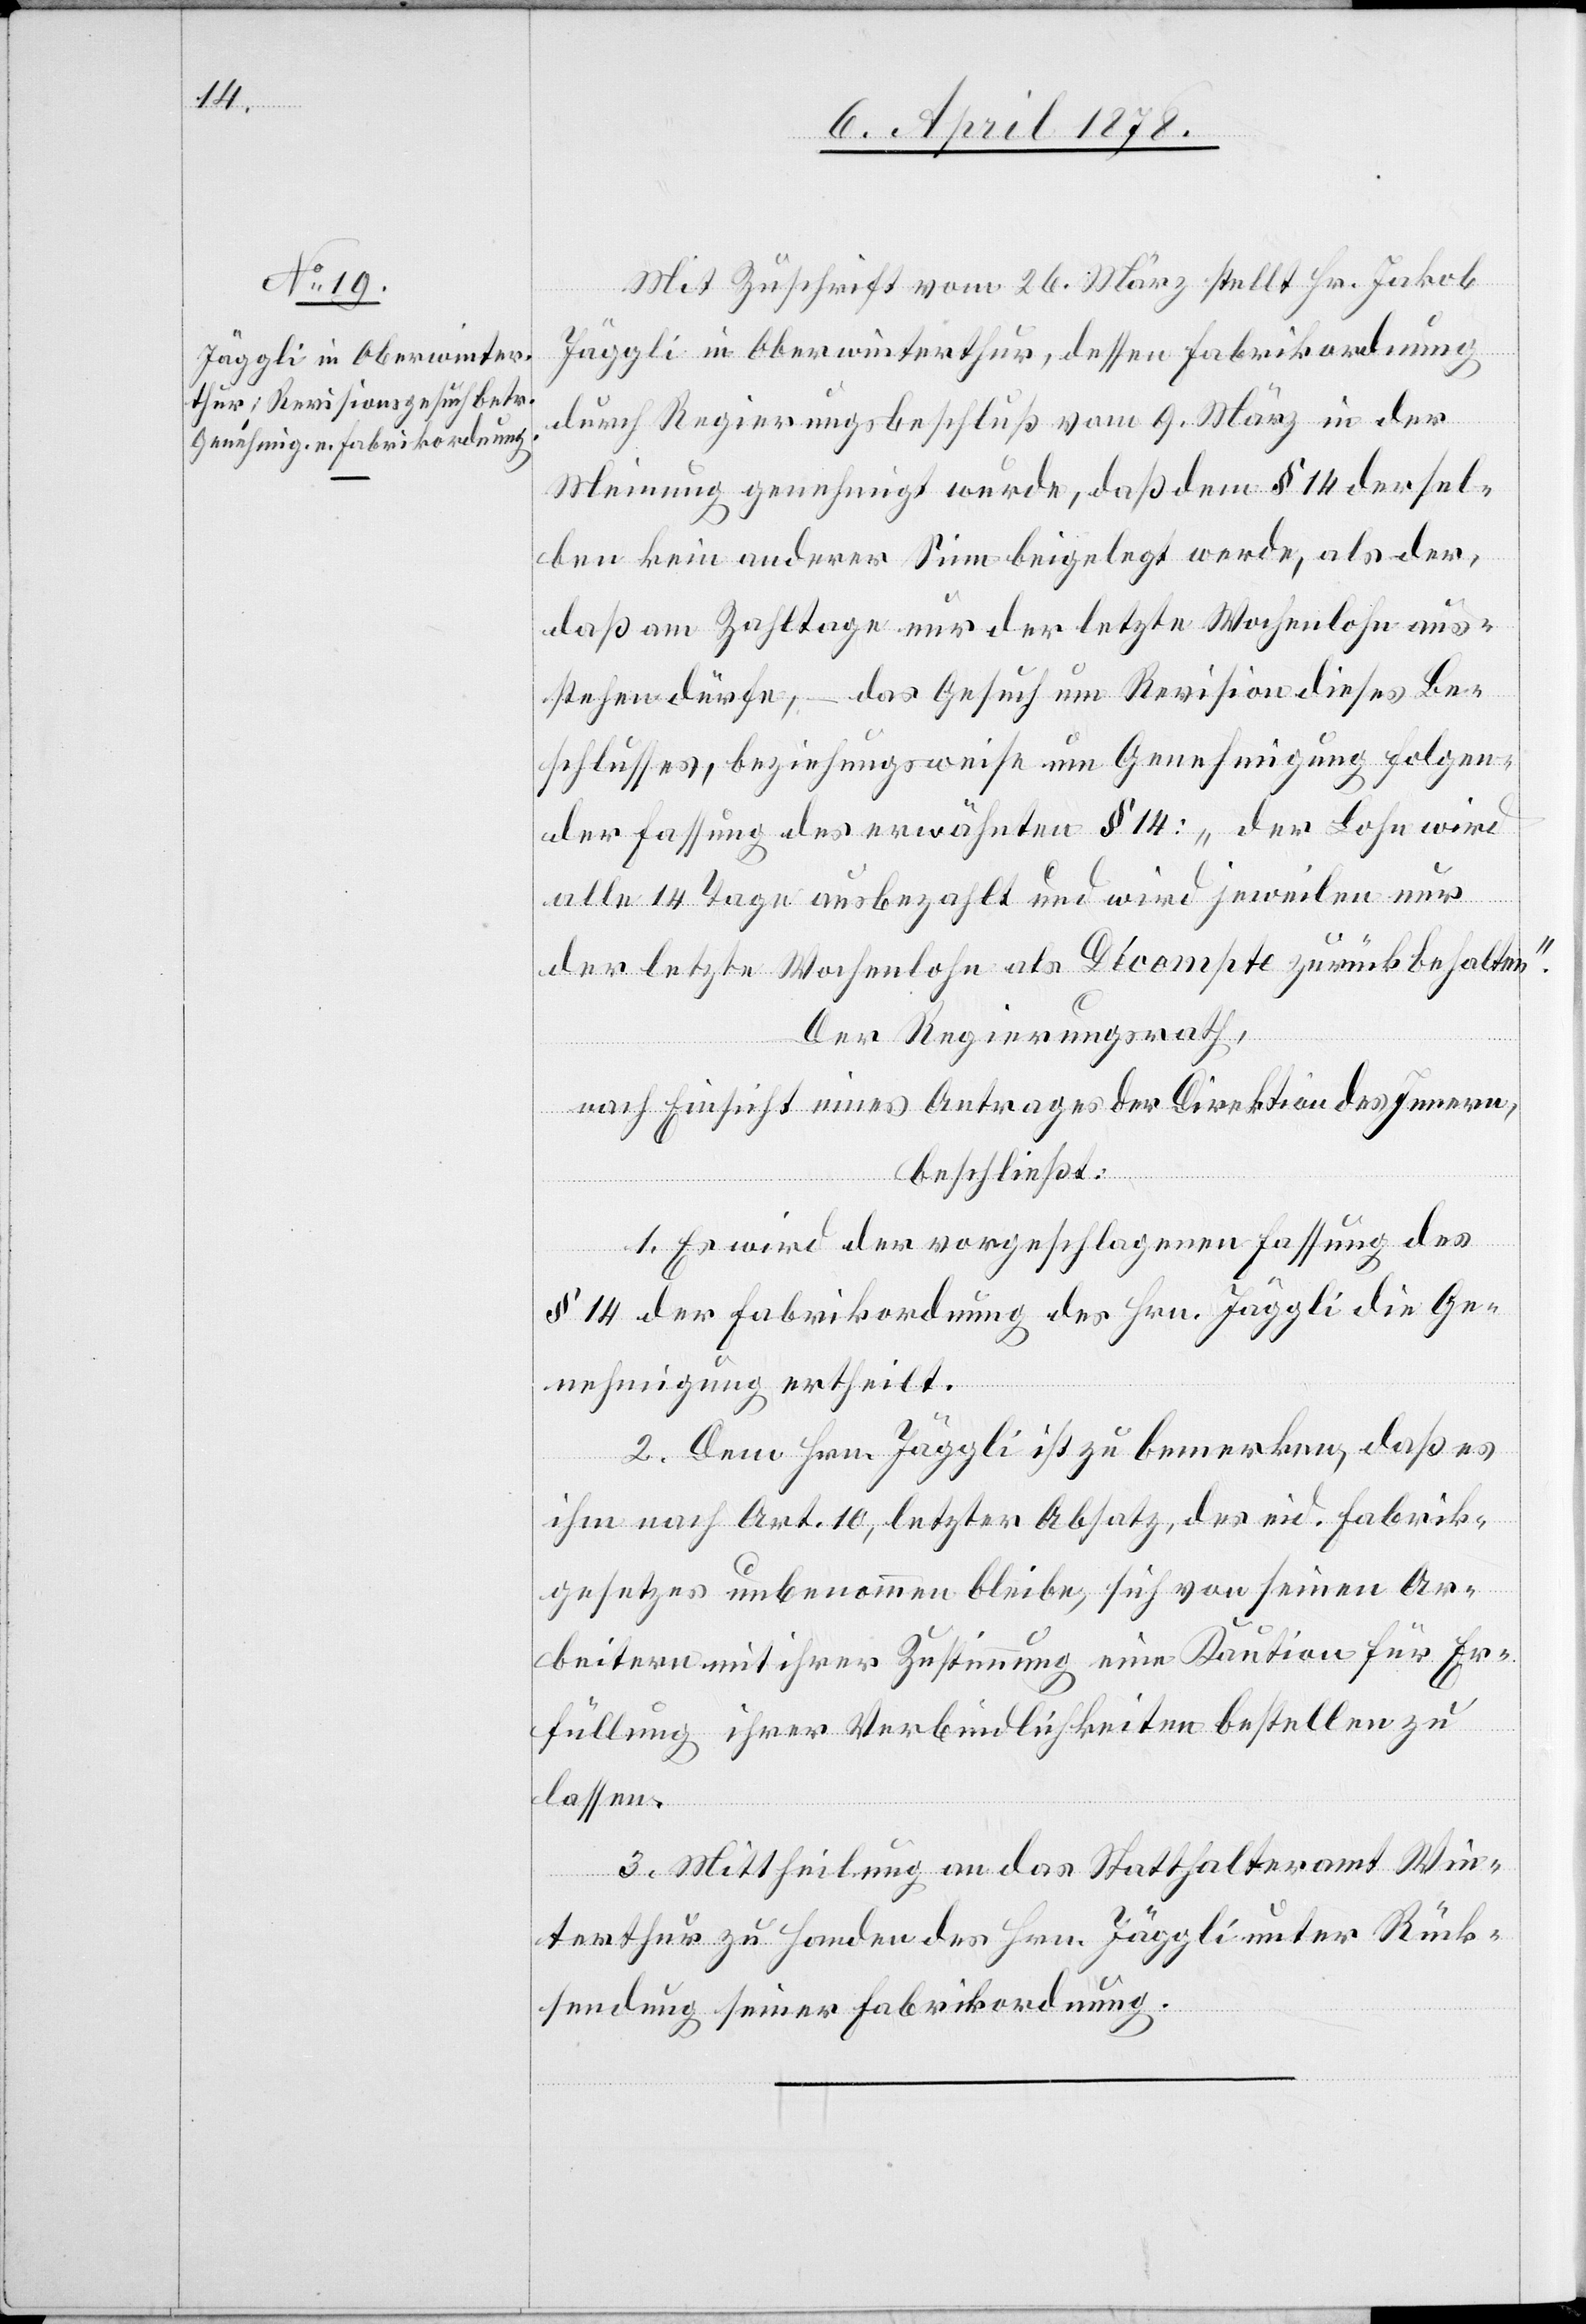
Mit Zuschrift vom 26. März stellt Hr. Jakob
Jäggli in Oberwinterthur, dessen Fabrikordnung
durch Regierungsbeschluß vom 9. März in der
Meinung genehmigt wurde, daß dem § 14 dersel¬
ben kein anderer Sinn beigelegt werde, als der,
daß am Zahltage nur der letzte Wochenlohn aus¬
stehen dürfe, – das Gesuch um Revision dieses Be¬
schlusses, beziehungsweise um Genehmigung folgen¬
der Fassung des erwähnten § 14: „der Lohn wird
alle 14 Tage ausbezahlt und wird jeweilen nur
der letzte Wochenlohn als Décompte zurückbehalten.“
Der Regierungsrath,
nach Einsicht eines Antrages der Direktion des Innern,
beschließt:
1. Es wird der vorgeschlagenen Fassung des
§ 14 der Fabrikordnung des Hrn. Jäggli die Ge¬
nehmigung ertheilt.
2. Dem Hrn. Jäggli ist zu bemerken, daß es
ihm nach Art. 10, letzter Absatz, des eid. Fabrik¬
gesetzes unbenommen bleibe, sich von seinen Ar¬
beitern mit ihrer Zustimmung eine Kaution für Er¬
füllung ihrer Verbindlichkeiten bestellen zu
lassen.
3. Mittheilung an das Statthalteramt Win¬
terthur zu Handen des Hrn. Jäggli unter Rück¬
sendung seiner Fabrikordnung.